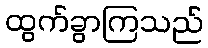
ထွက်ခွာကြသည်